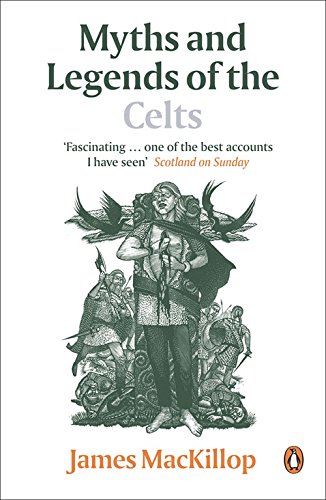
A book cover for Myths and Legends of the Celts; James MacKillop; Literature & Fiction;